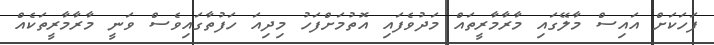
ފަހަކަށް އައިސް މާލޭގައި މާރާމާރީތައް މަދުވެފައި އޮތުމަށްފަހު މިދިއަ ހަފުތާގައިވެސް ވަނީ މާރާމާރީތަކެއް